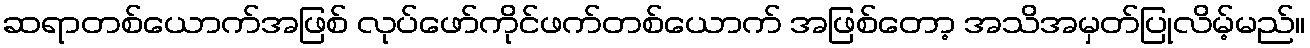
ဆရာတစ်ယောက်အဖြစ် လုပ်ဖော်ကိုင်ဖက်တစ်ယောက် အဖြစ်တော့ အသိအမှတ်ပြုလိမ့်မည်။